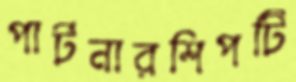
পার্টনারশিপটি